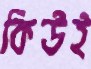
কিউই